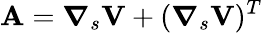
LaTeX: \mathbf{A}=\boldsymbol{\nabla}_{s}\mathbf{V}+(\boldsymbol{\nabla}_{s}\mathbf{V})^{T}